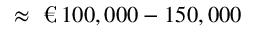
\approx \textup { \texteuro } \, 1 0 0 , 0 0 0 - 1 5 0 , 0 0 0